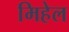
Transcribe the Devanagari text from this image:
मिहेल